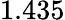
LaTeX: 1.435